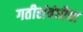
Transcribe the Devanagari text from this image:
गतीसंबंधीचा